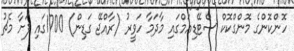
ހޮންކޮންގެ މޮންގްކޮކް ސްޓޭޑިއަމްގައި މާދަމާ ހަވީރު (ރާއްޖޭ ގަޑިން) 1700ގައި ފަށާ މެޗު